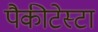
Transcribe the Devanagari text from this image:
पैकीटेस्टा